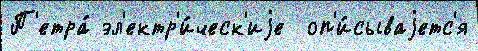
П'етра́ эл'ектр'и́ческ'иjе  оп'и́сываjетс'я